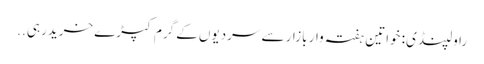
راولپنڈی: خواتین ہفتہ وار بازار سے سردیوں کے گرم کپڑے خریدرہی ..